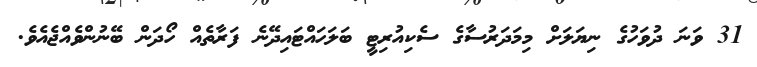
31 ވަނަ ދުވަހުގެ ނިޔަލަށް މިމަދަރުސާގެ ސެކިއުރިޓީ ބަލަހައްޓައިދޭނެ ފަރާތެއް ހޯދަން ބޭނުންވެއްޖެއެވެ.